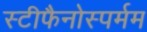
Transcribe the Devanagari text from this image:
स्टीफैनोस्पर्मम